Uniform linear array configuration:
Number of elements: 16
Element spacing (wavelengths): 0.5
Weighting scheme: cosine
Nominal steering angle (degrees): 45
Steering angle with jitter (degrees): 44.164
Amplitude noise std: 0.05
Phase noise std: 0.05

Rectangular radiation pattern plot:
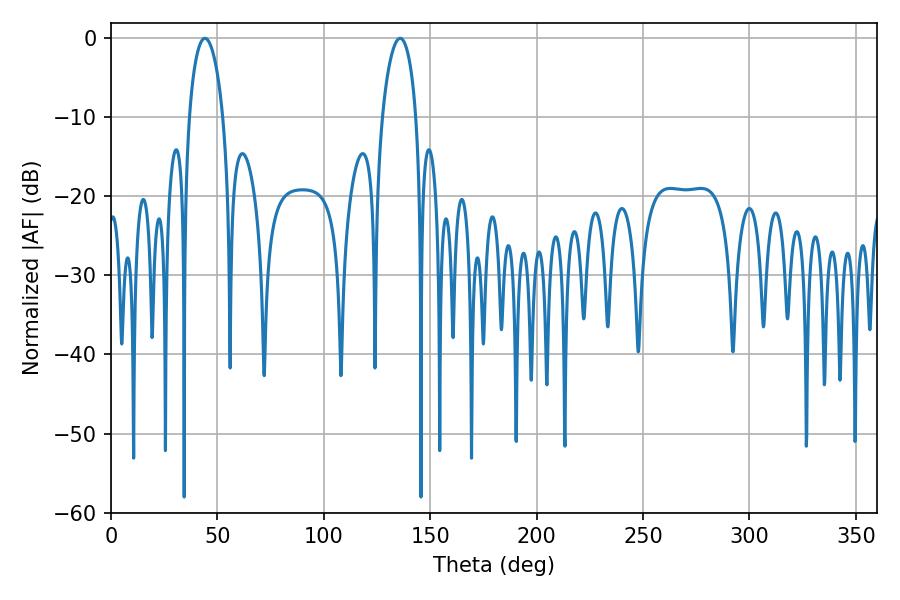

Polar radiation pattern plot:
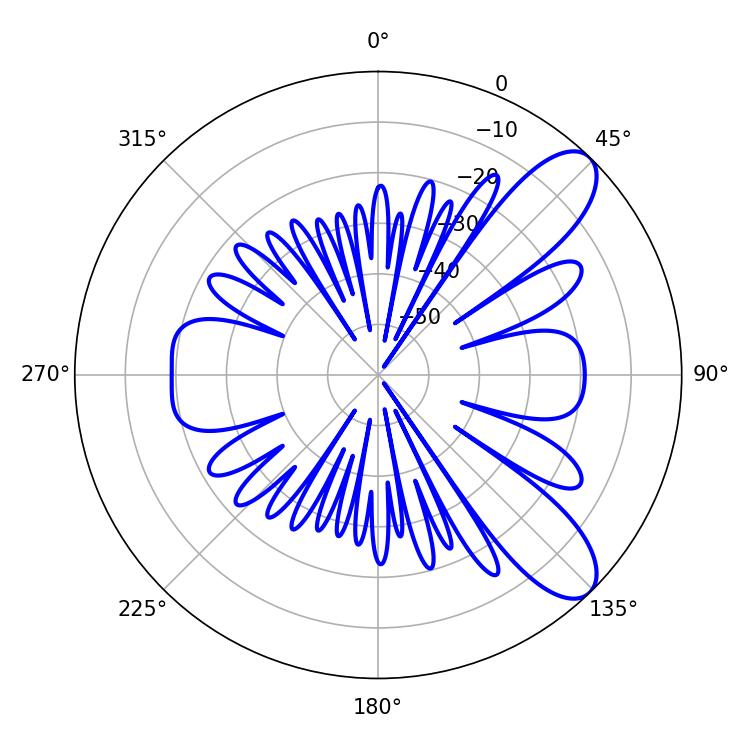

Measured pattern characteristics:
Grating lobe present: FALSE
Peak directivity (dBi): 9.247
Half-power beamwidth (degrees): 9
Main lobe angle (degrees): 44.1